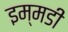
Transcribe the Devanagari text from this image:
इम्मडी